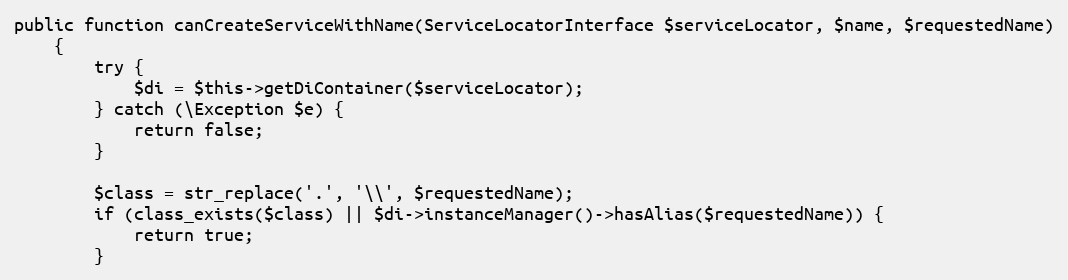
Language: PHP
public function canCreateServiceWithName(ServiceLocatorInterface $serviceLocator, $name, $requestedName)
    {
        try {
            $di = $this->getDiContainer($serviceLocator);
        } catch (\Exception $e) {
            return false;
        }

        $class = str_replace('.', '\\', $requestedName);
        if (class_exists($class) || $di->instanceManager()->hasAlias($requestedName)) {
            return true;
        }